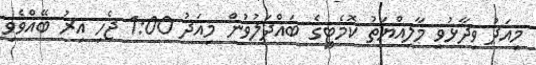
މިއަދު ވިދާޅުވީ މާލިއްޔަތު ކޮމެޓީގެ ބައްދަލުވުން މިއަދު 1:00 ޖެހި އިރު ބޭއްވެވި